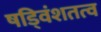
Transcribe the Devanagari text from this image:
षड्विंशतत्व